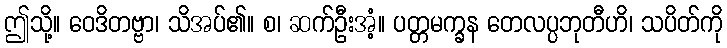
ဤသို့။ ဝေဒိတဗ္ဗာ၊ သိအပ်၏။ စ၊ ဆက်ဦးအံ့။ ပတ္တမက္ခန တေလပ္ပဘုတီဟိ၊ သပိတ်ကို